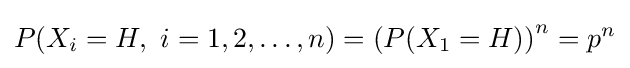
P(X_{i}=H,\ i=1,2,\dots ,n)=\left(P(X_{1}=H)\right)^{n}=p^{n}